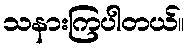
သနားကြပါတယ်။